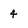
Character: 4